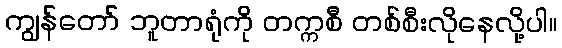
ကျွန်တော် ဘူတာရုံကို တက္ကစီ တစ်စီးလိုနေလို့ပါ။